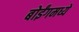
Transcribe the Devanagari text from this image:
बोईंगमध्ये